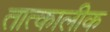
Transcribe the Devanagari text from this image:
तात्‍कालीक